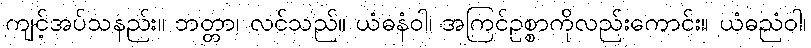
ကျင့်အပ်သနည်း။ ဘတ္တာ၊ လင်သည်။ ယံဓနံဝါ၊ အကြင်ဥစ္စာကိုလည်းကောင်း။ ယံဓညံဝါ၊